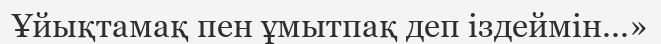
Ұйықтамақ пен ұмытпақ деп іздеймін...»